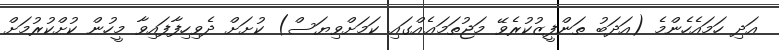
އަދި ހަމައެހެންމެ (އަދަބު ތަންފީޒުކުރެވޭ މަޖުތަމަޢެއްގައި ކަމަށްވިޔަސް) ކުށަށް ދެވިހިފާފައިވާ މީހުން ކުށްކުރުމަށް